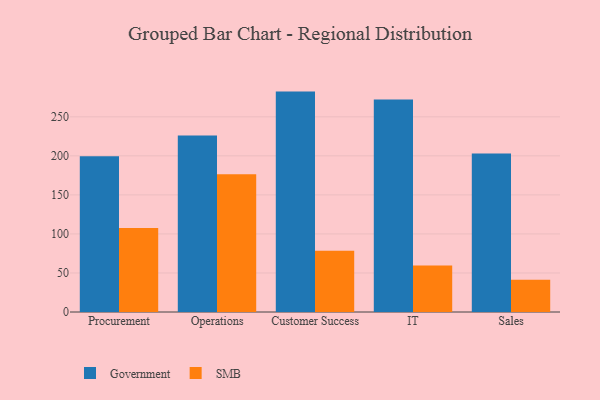
{"axis": {"x": "Department", "y": "Net Income (USD K)"}, "legend": ["Government", "SMB"], "data": [{"x": "Procurement", "y": 199.6, "type": "Government"}, {"x": "Procurement", "y": 107.5, "type": "SMB"}, {"x": "Operations", "y": 226.2, "type": "Government"}, {"x": "Operations", "y": 176.4, "type": "SMB"}, {"x": "Customer Success", "y": 282.3, "type": "Government"}, {"x": "Customer Success", "y": 78.4, "type": "SMB"}, {"x": "IT", "y": 272.2, "type": "Government"}, {"x": "IT", "y": 59.7, "type": "SMB"}, {"x": "Sales", "y": 202.9, "type": "Government"}, {"x": "Sales", "y": 41.2, "type": "SMB"}]}